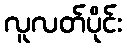
လူလတ်ပိုင်း